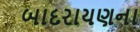
બાદરાયણના